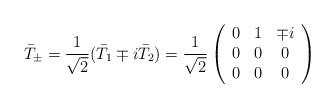
LaTeX: \begin{align*}\bar{T}_\pm = \frac{1}{\sqrt{2}}(\bar{T}_1 \mp i\bar{T}_2) = \frac{1}{\sqrt{2}}\left( \begin{array}{ccc}0 & 1 & \mp i \\0 & 0 & 0 \\0 & 0 & 0 \end{array} \right)\end{align*}